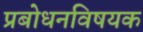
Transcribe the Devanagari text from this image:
प्रबोधनविषयक